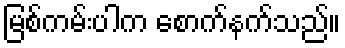
မြစ်ကမ်းပါက စောက်နက်သည်။